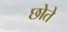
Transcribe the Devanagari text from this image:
छोते